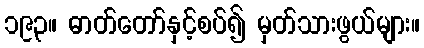
၁၉၃။ ဓာတ်တော်နှင့်စပ်၍ မှတ်သားဖွယ်များ။